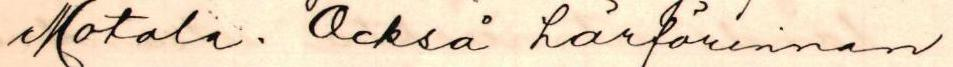
Motala. Också härförinnan